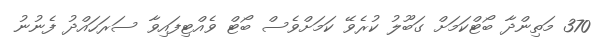
370 މަތިންދާ ބޯޓްކަމަށް ގަބޫލު ކުރެވޭ ކަމަށްވެސް ބޯޓް ވެއްޓިފައިވާ ސަރަހައްދު ފެނުނު